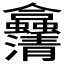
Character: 𠑴